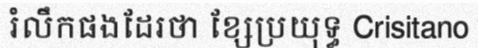
រំលឹកផងដែរថា ខ្សែប្រយុទ្ធ Crisitano